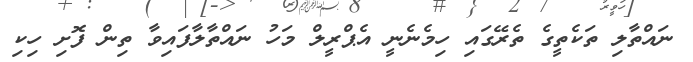
ނައްތާލި ތަކެތީގެ ތެރޭގައި ހިމެނެނީ އެޕްރީލް މަހު ނައްތާލާފައިވާ ތިން ފޮށި ހިކި